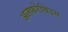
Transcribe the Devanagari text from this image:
अलफरेबिउस